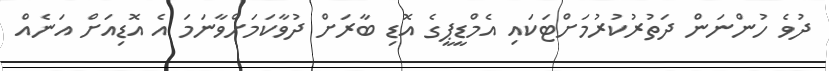
ދުވެ ހުންނަން ދަތުރުކުރުމަށްޓަކައި އެމްޑީޕީގެ އޮޑި ބާރަށް ދުވާކަމަށްވާނަމަ އެ އޮޑިއަށް އަނެއް